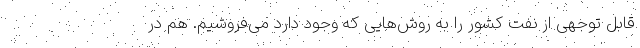
قابل توجهی از نفت کشور را به روش‌هایی که وجود دارد می‌فروشیم. هم در